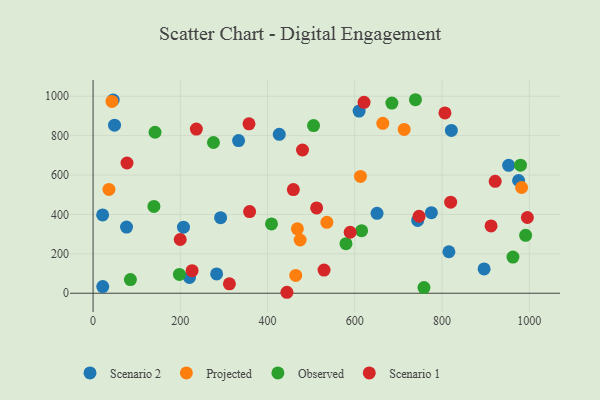
{"axis": {"x": "Ad Spend", "y": "Demand"}, "legend": ["Observed", "Projected", "Scenario 1", "Scenario 2"], "data": [{"x": "896.6", "y": 123.5, "type": "Scenario 2"}, {"x": "775.7", "y": 408.9, "type": "Scenario 2"}, {"x": "292.4", "y": 383.6, "type": "Scenario 2"}, {"x": "46.1", "y": 980.8, "type": "Scenario 2"}, {"x": "821.5", "y": 826.4, "type": "Scenario 2"}, {"x": "815.9", "y": 210.5, "type": "Scenario 2"}, {"x": "76.7", "y": 335.9, "type": "Scenario 2"}, {"x": "207.3", "y": 335.3, "type": "Scenario 2"}, {"x": "333.6", "y": 775.0, "type": "Scenario 2"}, {"x": "49.2", "y": 853.0, "type": "Scenario 2"}, {"x": "744.3", "y": 369.8, "type": "Scenario 2"}, {"x": "975.7", "y": 572.2, "type": "Scenario 2"}, {"x": "283.3", "y": 98.0, "type": "Scenario 2"}, {"x": "22.2", "y": 33.7, "type": "Scenario 2"}, {"x": "651.1", "y": 405.8, "type": "Scenario 2"}, {"x": "610.0", "y": 924.8, "type": "Scenario 2"}, {"x": "426.9", "y": 806.9, "type": "Scenario 2"}, {"x": "221.1", "y": 80.0, "type": "Scenario 2"}, {"x": "952.9", "y": 649.1, "type": "Scenario 2"}, {"x": "21.9", "y": 397.4, "type": "Scenario 2"}, {"x": "474.8", "y": 270.2, "type": "Projected"}, {"x": "36.4", "y": 527.0, "type": "Projected"}, {"x": "982.6", "y": 536.8, "type": "Projected"}, {"x": "536.1", "y": 360.2, "type": "Projected"}, {"x": "468.5", "y": 326.8, "type": "Projected"}, {"x": "464.7", "y": 90.4, "type": "Projected"}, {"x": "43.3", "y": 973.8, "type": "Projected"}, {"x": "664.3", "y": 862.5, "type": "Projected"}, {"x": "713.3", "y": 831.7, "type": "Projected"}, {"x": "613.1", "y": 593.2, "type": "Projected"}, {"x": "579.9", "y": 251.8, "type": "Observed"}, {"x": "739.2", "y": 982.3, "type": "Observed"}, {"x": "615.7", "y": 317.8, "type": "Observed"}, {"x": "85.6", "y": 69.3, "type": "Observed"}, {"x": "980.0", "y": 650.2, "type": "Observed"}, {"x": "142.1", "y": 817.1, "type": "Observed"}, {"x": "685.1", "y": 965.4, "type": "Observed"}, {"x": "962.7", "y": 183.8, "type": "Observed"}, {"x": "276.0", "y": 765.2, "type": "Observed"}, {"x": "197.9", "y": 95.6, "type": "Observed"}, {"x": "409.1", "y": 352.1, "type": "Observed"}, {"x": "758.7", "y": 28.7, "type": "Observed"}, {"x": "139.5", "y": 440.9, "type": "Observed"}, {"x": "991.8", "y": 294.2, "type": "Observed"}, {"x": "505.5", "y": 851.2, "type": "Observed"}, {"x": "77.8", "y": 661.2, "type": "Scenario 1"}, {"x": "236.8", "y": 833.5, "type": "Scenario 1"}, {"x": "621.3", "y": 968.9, "type": "Scenario 1"}, {"x": "922.0", "y": 568.2, "type": "Scenario 1"}, {"x": "312.6", "y": 47.7, "type": "Scenario 1"}, {"x": "806.8", "y": 915.5, "type": "Scenario 1"}, {"x": "227.0", "y": 114.7, "type": "Scenario 1"}, {"x": "459.2", "y": 526.2, "type": "Scenario 1"}, {"x": "529.6", "y": 117.5, "type": "Scenario 1"}, {"x": "357.5", "y": 860.1, "type": "Scenario 1"}, {"x": "199.8", "y": 272.9, "type": "Scenario 1"}, {"x": "444.5", "y": 4.9, "type": "Scenario 1"}, {"x": "912.5", "y": 341.8, "type": "Scenario 1"}, {"x": "512.6", "y": 433.3, "type": "Scenario 1"}, {"x": "747.5", "y": 390.9, "type": "Scenario 1"}, {"x": "819.9", "y": 462.4, "type": "Scenario 1"}, {"x": "480.2", "y": 727.2, "type": "Scenario 1"}, {"x": "995.8", "y": 384.4, "type": "Scenario 1"}, {"x": "358.9", "y": 414.3, "type": "Scenario 1"}, {"x": "589.5", "y": 309.7, "type": "Scenario 1"}]}